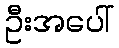
ဦးအပေါ်